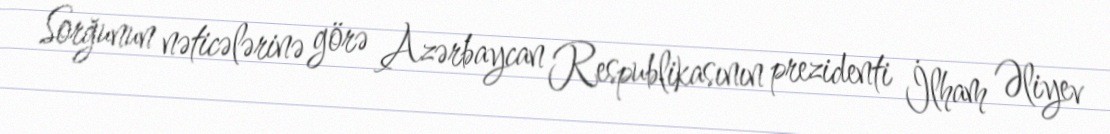
Sorğunun nəticələrinə görə Azərbaycan Respublikasının prezidenti İlham Əliyev